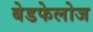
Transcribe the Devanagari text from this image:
बेडफेलोज